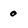
Character: 0